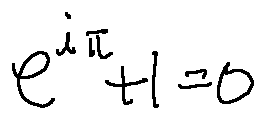
e ^ { i \pi } + 1 = 0